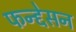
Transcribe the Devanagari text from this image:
फन्द्देसन